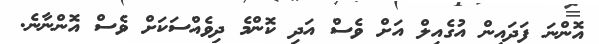
އޮންނަ ފަދައިން އުގެއިލް އަށް ވެސް އަދި ކޮންމެ ދިވެއްސަކަށް ވެސް އޮންނާނެ.